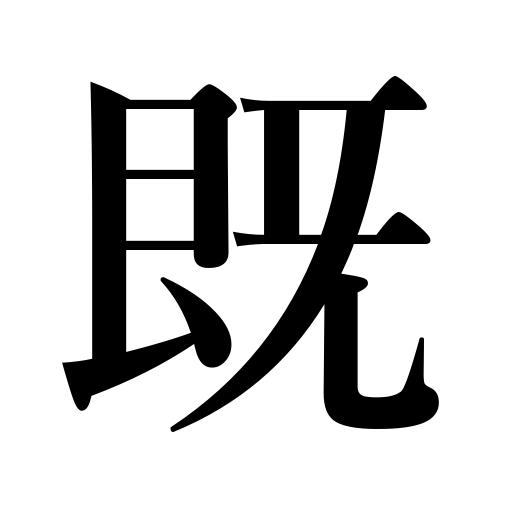
Meanings: long ago,previously,on the point of,already,actually